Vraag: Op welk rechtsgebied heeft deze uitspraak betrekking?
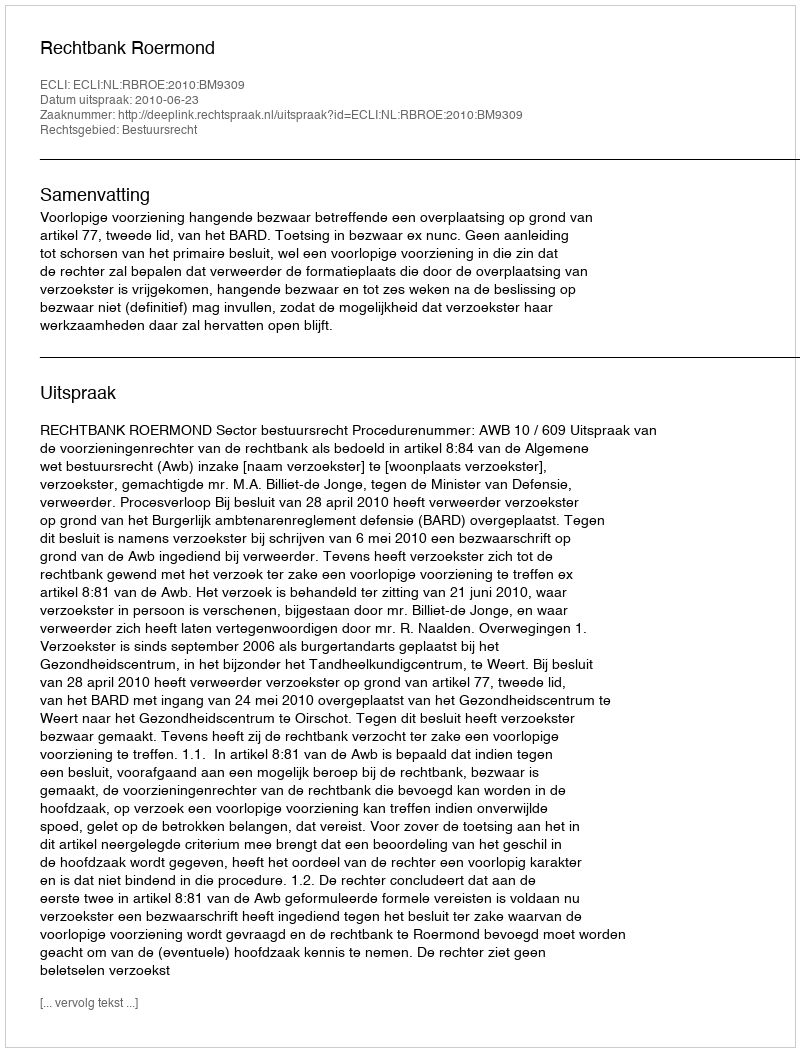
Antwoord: Bestuursrecht